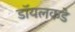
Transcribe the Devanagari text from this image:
डॉयलकडे